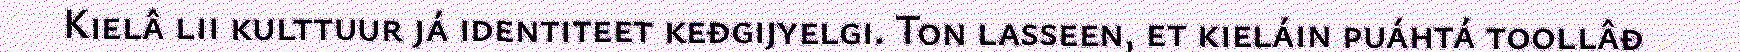
Kielâ lii kulttuur já identiteet keđgijyelgi. Ton lasseen, et kieláin puáhtá toollâđ